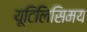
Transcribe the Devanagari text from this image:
यूटिलिसिमय